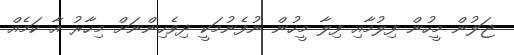
ޖަލުން މީހުން ފިލުމާއި ފިލާ މީހުން ނުފެނުމަކީ ދިވެހިންނަށް މިހާރު އާ ކަމެއް